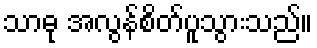
သာဓု အလွန်စိတ်ပူသွားသည်။